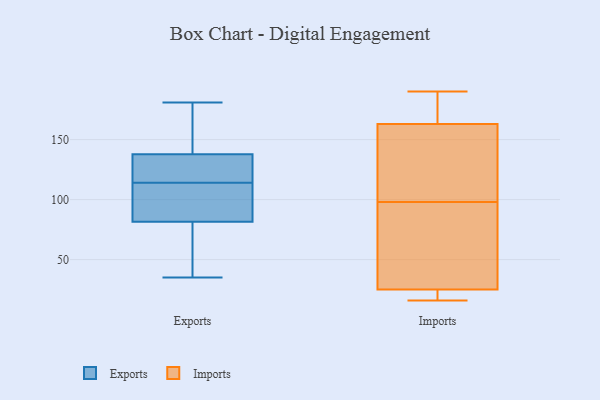
{"axis": {"x": "Tickets Resolved", "y": "Value"}, "legend": ["Exports", "Imports"], "data": [{"x": "", "y": 83, "type": "Exports"}, {"x": "", "y": 134, "type": "Exports"}, {"x": "", "y": 181, "type": "Exports"}, {"x": "", "y": 139, "type": "Exports"}, {"x": "", "y": 35, "type": "Exports"}, {"x": "", "y": 64, "type": "Exports"}, {"x": "", "y": 122, "type": "Exports"}, {"x": "", "y": 81, "type": "Exports"}, {"x": "", "y": 151, "type": "Exports"}, {"x": "", "y": 91, "type": "Exports"}, {"x": "", "y": 114, "type": "Exports"}, {"x": "", "y": 30, "type": "Imports"}, {"x": "", "y": 20, "type": "Imports"}, {"x": "", "y": 16, "type": "Imports"}, {"x": "", "y": 20, "type": "Imports"}, {"x": "", "y": 186, "type": "Imports"}, {"x": "", "y": 190, "type": "Imports"}, {"x": "", "y": 170, "type": "Imports"}, {"x": "", "y": 134, "type": "Imports"}, {"x": "", "y": 114, "type": "Imports"}, {"x": "", "y": 156, "type": "Imports"}, {"x": "", "y": 65, "type": "Imports"}, {"x": "", "y": 82, "type": "Imports"}]}